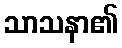
သာသနာ၏